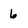
Character: 6